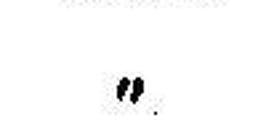
„